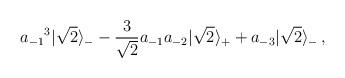
LaTeX: \begin{align*}{a_{-1}}^3|\sqrt 2\rangle_- - {3\over \sqrt 2} a_{-1}a_{-2}|\sqrt 2\rangle_++ a_{-3}|\sqrt 2\rangle_-\,,\end{align*}